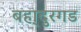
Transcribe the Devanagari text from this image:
बहा्दुरगड